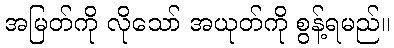
အမြတ်ကို လိုသော် အယုတ်ကို စွန့်ရမည်။